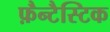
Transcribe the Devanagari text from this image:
फ़ैन्टैस्टिक